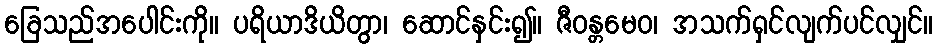
ခြေသည်အပေါင်းကို။ ပရိယာဒိယိတွာ၊ ဆောင်နှင်း၍။ ဇီဝန္တမေဝ၊ အသက်ရှင်လျက်ပင်လျှင်။